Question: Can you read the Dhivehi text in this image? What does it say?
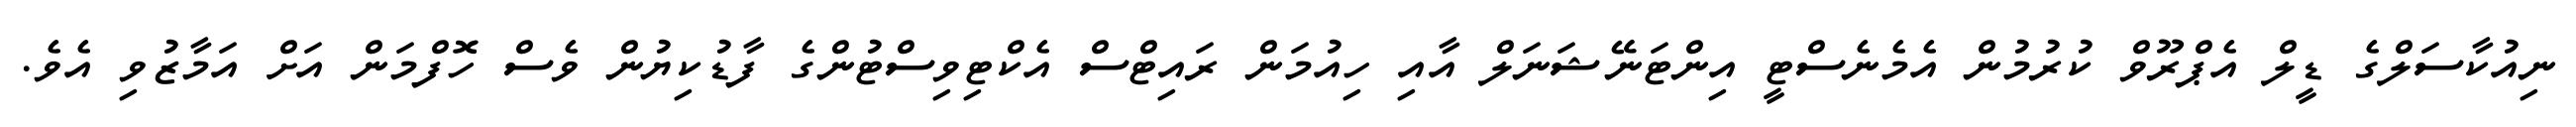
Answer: ނިއުކާސަލްގެ ޑީލް އެޕްރޫވް ކުރުމުން އެމެނެސްޓީ އިންޓަނޭޝަނަލް އާއި ހިއުމަން ރައިޓްސް އެކްޓިވިސްޓުންގެ ފާޑުކިޔުން ވެސް ހޮފްމަން އަށް އަމާޒުވި އެވެ.